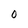
Character: O